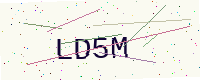
Text: LD5M